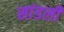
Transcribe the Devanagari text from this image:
सांडली